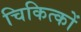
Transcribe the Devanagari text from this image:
चिकित्कों